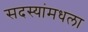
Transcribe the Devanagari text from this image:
सदस्यांमधला